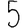
Digit: 5